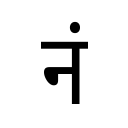
OCR:
नं